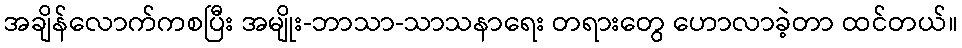
အချိန်လောက်ကစပြီး အမျိုး-ဘာသာ-သာသနာရေး တရားတွေ ဟောလာခဲ့တာ ထင်တယ်။